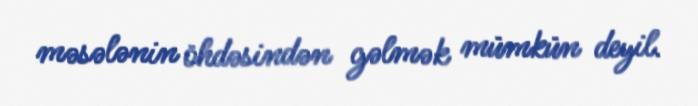
məsələnin öhdəsindən gəlmək mümkün deyil.